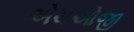
એચઓજી